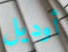
أوديل